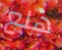
هلع